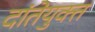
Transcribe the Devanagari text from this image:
दांतेयुक्त